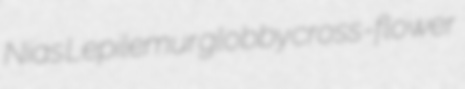
Nias Lepilemur globby cross-flower